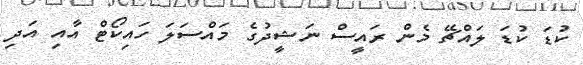
ކުޑަ ކުޑަ ލައްޗޭ މެން ރައީސް ނަޝީދުގެ މައްސަލަ ހައިކޯޓް އާއި އަދި